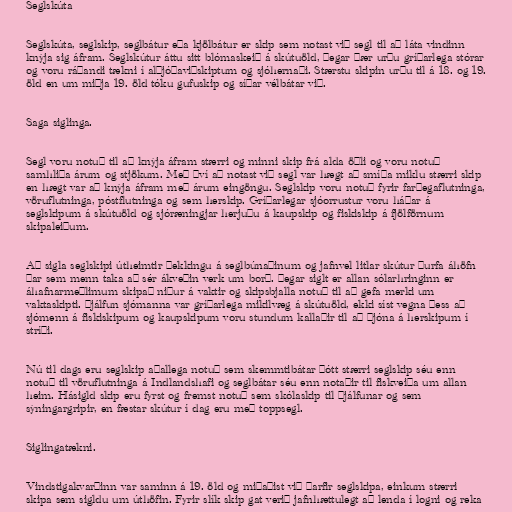
Seglskúta

Seglskúta, seglskip, seglbátur eða kjölbátur er skip sem notast við segl til að láta vindinn
knýja sig áfram. Seglskútur áttu sitt blómaskeið á skútuöld, þegar þær urðu gríðarlega stórar
og voru ráðandi tækni í alþjóðaviðskiptum og sjóhernaði. Stærstu skipin urðu til á 18. og 19.
öld en um miðja 19. öld tóku gufuskip og síðar vélbátar við.

Saga siglinga.

Segl voru notuð til að knýja áfram stærri og minni skip frá alda öðli og voru notuð
samhliða árum og stjökum. Með því að notast við segl var hægt að smíða miklu stærri skip
en hægt var að knýja áfram með árum eingöngu. Seglskip voru notuð fyrir farþegaflutninga,
vöruflutninga, póstflutninga og sem herskip. Gríðarlegar sjóorrustur voru háðar á
seglskipum á skútuöld og sjóræningjar herjuðu á kaupskip og fiskiskip á fjölförnum
skipaleiðum.

Að sigla seglskipi útheimtir þekkingu á seglbúnaðinum og jafnvel litlar skútur þurfa áhöfn
þar sem menn taka að sér ákveðin verk um borð. Þegar siglt er allan sólarhringinn er
áhafnarmeðlimum skipað niður á vaktir og skipsbjalla notuð til að gefa merki um
vaktaskipti. Þjálfun sjómanna var gríðarlega mikilvæg á skútuöld, ekki síst vegna þess að
sjómenn á fiskiskipum og kaupskipum voru stundum kallaðir til að þjóna á herskipum í
stríði.

Nú til dags eru seglskip aðallega notuð sem skemmtibátar þótt stærri seglskip séu enn
notuð til vöruflutninga á Indlandshafi og seglbátar séu enn notaðir til fiskveiða um allan
heim. Hásigld skip eru fyrst og fremst notuð sem skólaskip til þjálfunar og sem
sýningargripir, en fæstar skútur í dag eru með toppsegl.

Siglingatækni.

Vindstigakvarðinn var saminn á 19. öld og miðaðist við þarfir seglskipa, einkum stærri
skipa sem sigldu um úthöfin. Fyrir slík skip gat verið jafnhættulegt að lenda í logni og reka